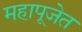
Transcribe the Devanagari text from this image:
महापूजेत